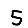
Digit: 5